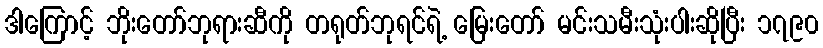
ဒါကြောင့် ဘိုးတော်ဘုရားဆီကို တရုတ်ဘုရင်ရဲ့ မြေးတော် မင်းသမီးသုံးပါးဆိုပြီး ၁၇၉၀